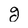
Character: g